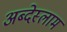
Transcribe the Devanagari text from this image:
अब्देस्लाम